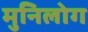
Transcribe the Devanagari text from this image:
मुनिलोग